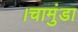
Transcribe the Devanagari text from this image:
।चामुंडा